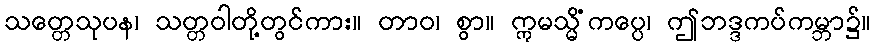
သတ္တေသုပန၊ သတ္တဝါတို့တွင်ကား။ တာဝ၊ စွာ။ ဣမသ္မိံကပ္ပေ၊ ဤဘဒ္ဒကပ်ကမ္ဘာ၌။